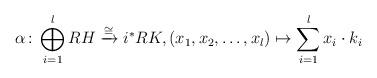
LaTeX: \begin{align*}\alpha \colon \bigoplus_{i =1}^l RH \xrightarrow{\cong} i^*RK, (x_1, x_2, \ldots, x_l) \mapsto \sum_{i=1}^l x_i \cdot k_i\end{align*}